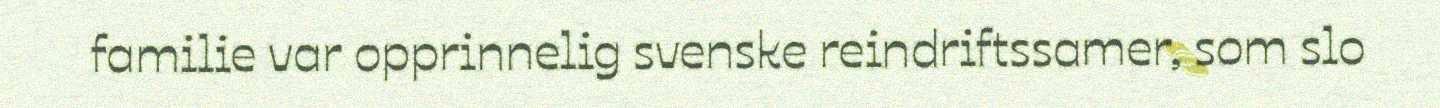
familie var opprinnelig svenske reindriftssamer, som slo